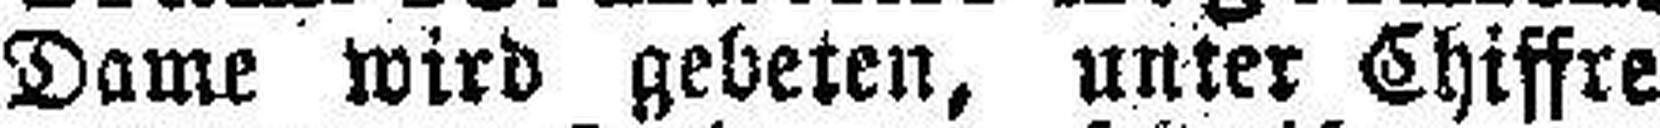
Dame wird gebeten, unter Chiffre